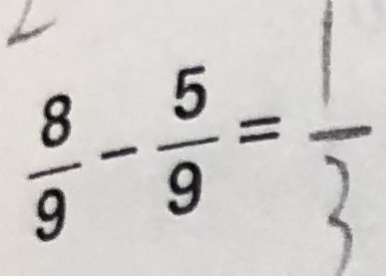
\frac { 8 } { 9 } - \frac { 5 } { 9 } = \frac { 1 } { 3 }